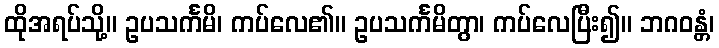
ထိုအရပ်သို့။ ဥပသင်္ကမိ၊ ကပ်လေ၏။ ဥပသင်္ကမိတွာ၊ ကပ်လေပြီး၍။ ဘဂဝန္တံ၊